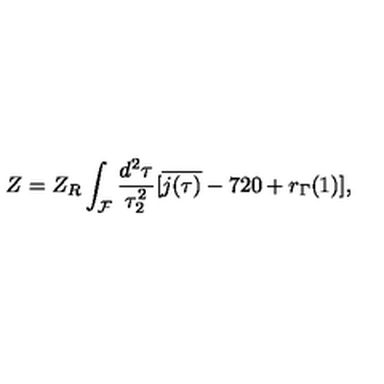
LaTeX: Z = Z _ { R } \int _ { \cal F } \frac { d ^ { 2 } \tau } { \tau _ { 2 } ^ { 2 } } [ \overline { { j ( \tau ) } } - 7 2 0 + r _ { \Gamma } ( 1 ) ] ,